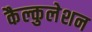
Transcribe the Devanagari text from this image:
कैल्कुलेशन